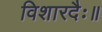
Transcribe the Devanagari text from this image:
विशारदैः॥